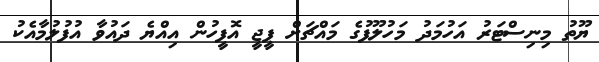
ޔޫތު މިނިސްޓަރު އަހުމަދު މަހުލޫފުގެ މައްޗަށް ޕީޖީ އޮފީހުން އިއްޔެ ދައުވާ އުފުލުމާއެކު